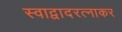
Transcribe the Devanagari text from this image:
स्वाद्वादरत्नाकर